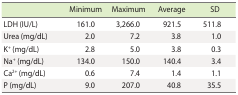
<table><thead><tr><td></td><td><b>Minimum</b></td><td><b>Maximum</b></td><td><b>Average</b></td><td><b>SD</b></td></tr></thead><tbody><tr><td>LDH (IU/L)</td><td>161.0</td><td>3,266.0</td><td>921.5</td><td>511.8</td></tr><tr><td>Urea (mg/dL)</td><td>2.0</td><td>7.2</td><td>3.8</td><td>1.0</td></tr><tr><td>K<sup>+</sup> (mg/dL)</td><td>2.8</td><td>5.0</td><td>3.8</td><td>0.3</td></tr><tr><td>Na<sup>+</sup> (mg/dL)</td><td>134.0</td><td>150.0</td><td>140.4</td><td>3.4</td></tr><tr><td>Ca<sup>2+</sup> (mg/dL)</td><td>0.6</td><td>7.4</td><td>1.4</td><td>1.1</td></tr><tr><td>P (mg/dL)</td><td>9.0</td><td>207.0</td><td>40.8</td><td>35.5</td></tr></tbody></table>